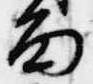
面